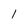
Character: 1